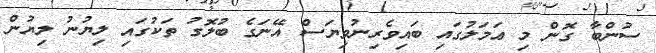
ސުންބާ ގޮން މި ޢަމަލުގައި ބައިވެރިނުވިޔަސް އޭނަގެ ބުލޮގު ތަކުގައި ލިޔުނު ލިޔުން